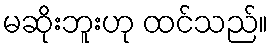
မဆိုးဘူးဟု ထင်သည်။